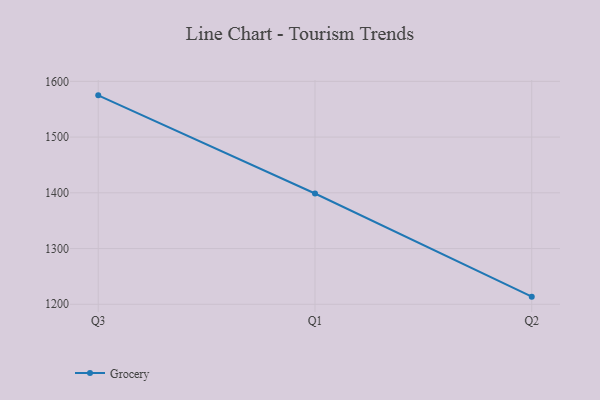
{"axis": {"x": "Quarter", "y": "Temperature (°C)"}, "legend": ["Grocery"], "data": [{"x": "Q3", "y": 1574.9, "type": "Grocery"}, {"x": "Q1", "y": 1398.8, "type": "Grocery"}, {"x": "Q2", "y": 1213.7, "type": "Grocery"}]}